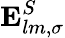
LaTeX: \mathbf{E}_{lm,\sigma}^{S}